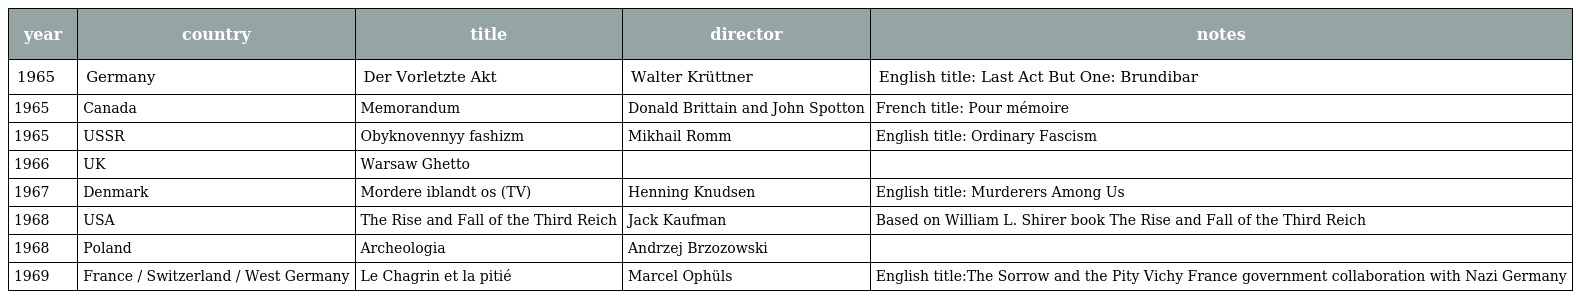
| year | country | title | director | notes |
 | --- | --- | --- | --- | --- |
 | 1965 | Germany | Der Vorletzte Akt | Walter Krüttner | English title: Last Act But One: Brundibar |
 | 1965 | Canada | Memorandum | Donald Brittain and John Spotton | French title: Pour mémoire |
 | 1965 | USSR | Obyknovennyy fashizm | Mikhail Romm | English title: Ordinary Fascism |
 | 1966 | UK | Warsaw Ghetto |  |  |
 | 1967 | Denmark | Mordere iblandt os (TV) | Henning Knudsen | English title: Murderers Among Us |
 | 1968 | USA | The Rise and Fall of the Third Reich | Jack Kaufman | Based on William L. Shirer book The Rise and Fall of the Third Reich |
 | 1968 | Poland | Archeologia | Andrzej Brzozowski |  |
 | 1969 | France / Switzerland / West Germany | Le Chagrin et la pitié | Marcel Ophüls | English title:The Sorrow and the Pity Vichy France government collaboration with Nazi Germany |